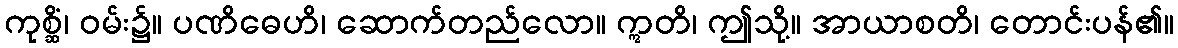
ကုစ္ဆိံ၊ ဝမ်း၌။ ပဏိဓေဟိ၊ ဆောက်တည်လော။ ဣတိ၊ ဤသို့။ အာယာစတိ၊ တောင်းပန်၏။